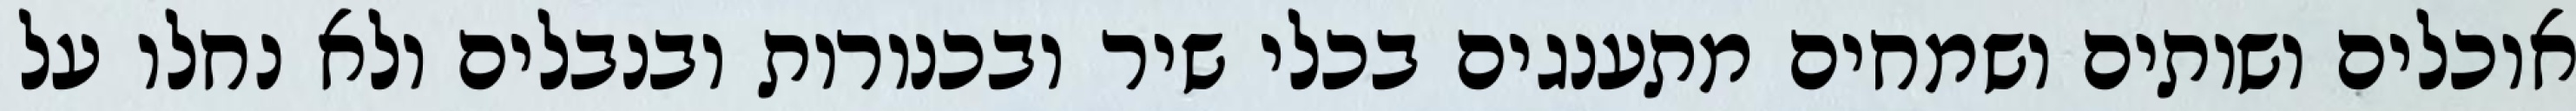
אוכלים ושותים ושמחים מתענגים בכלי שיר ובכנורות ובנבלים ולא נחלו על